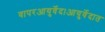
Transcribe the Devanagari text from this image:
वापरआयुर्वेद।आयुर्वेदात